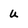
Character: u